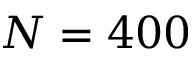
N = 4 0 0